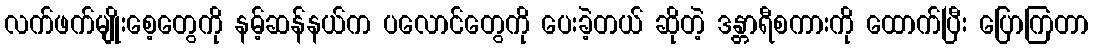
လက်ဖက်မျိုးစေ့တွေကို နမ့်ဆန်နယ်က ပလောင်တွေကို ပေးခဲ့တယ် ဆိုတဲ့ ဒန္တာရီစကားကို ထောက်ပြီး ပြောကြတာ